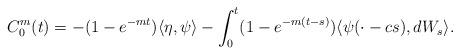
LaTeX: \begin{align*}C^m_0(t) = -(1-e^{-mt} ) \langle \eta,\psi\rangle - \int_0^t (1-e^{-m(t-s)}) \langle \psi(\cdot-cs),dW_s\rangle .\end{align*}